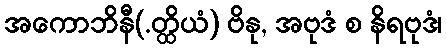
အကောဘိနီ(.တ္ထိယံ) ဗိနု, အဗုဒံ စ နိရဗုဒံ၊